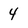
Character: 4